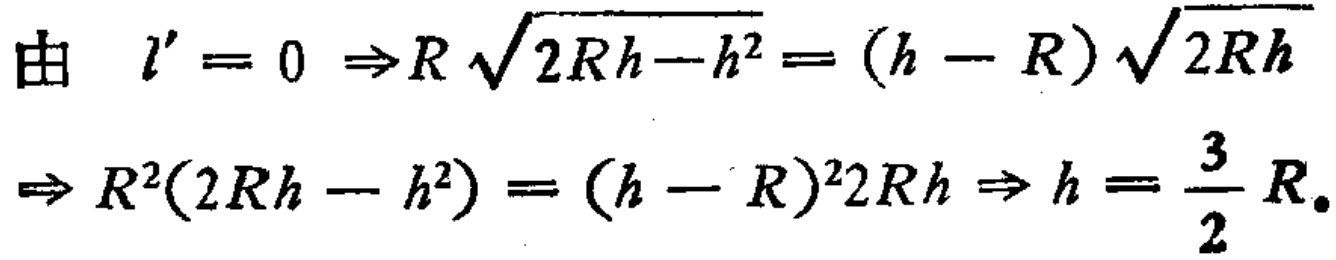
由 \( l' = 0 \Rightarrow R\sqrt{2Rh - h^{2}} = (h - R)\sqrt{2Rh}\)
\(\Rightarrow R^{2}(2Rh - h^{2}) = (h - R)^{2}2Rh \Rightarrow h = \frac{3}{2}R\)。